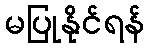
မပြုနိုင်ရန်